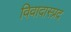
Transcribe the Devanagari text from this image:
विवादास्प्रद